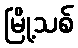
မြို့သစ်